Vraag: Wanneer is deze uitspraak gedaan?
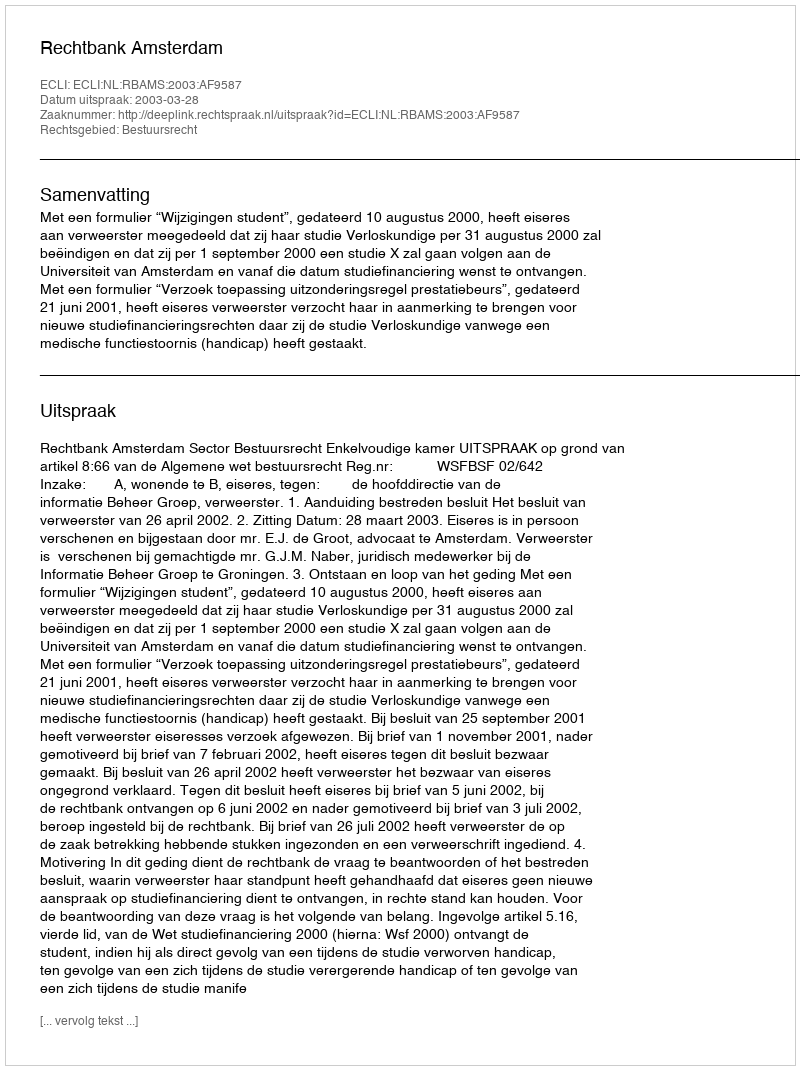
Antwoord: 2003-03-28